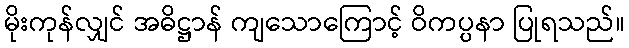
မိုးကုန်လျှင် အဓိဋ္ဌာန် ကျသောကြောင့် ဝိကပ္ပနာ ပြုရသည်။